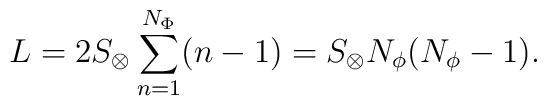
L = 2 S_\otimes \sum_{n=1}^{N_\Phi} (n-1) = S_\otimes N_\phi (N_\phi -1).